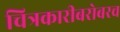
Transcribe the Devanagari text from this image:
चित्रकारीबरोबरच